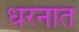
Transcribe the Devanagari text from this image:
धरनात